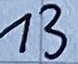
Text: 13